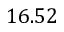
1 6 . 5 2